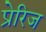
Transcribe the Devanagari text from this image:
प्रेरिज